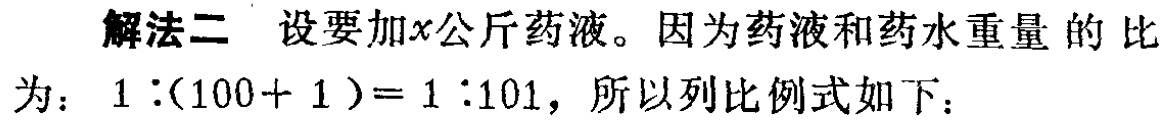
解法二 设要加\(x\)公斤药液。因为药液和药水重量的比为：\(1:(100 + 1)=1:101\)，所以列比例式如下：